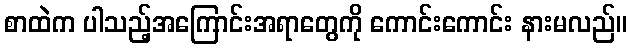
စာထဲက ပါသည့်အကြောင်းအရာတွေကို ကောင်းကောင်း နားမလည်။